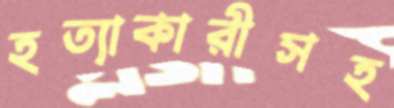
হত্যাকারীসহ